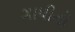
ગાધીનો